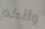
وأنكم